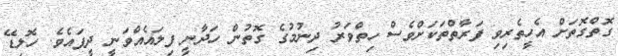
ގޮތްގޮތަށް އެހީތެރިވި ފަރާތްތަކަށްވެސް ހިތްވަރު ދިނުމުގެ ގޮތުން ހަދާނީ ފިލައެއްވަނީ ދީފައެވެ. ހޮލިޑޭ